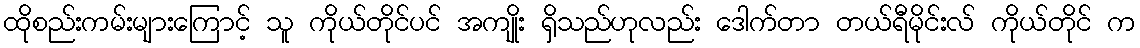
ထိုစည်းကမ်းများကြောင့် သူ ကိုယ်တိုင်ပင် အကျိုး ရှိသည်ဟုလည်း ဒေါက်တာ တယ်ရီမိုင်းလ် ကိုယ်တိုင် က